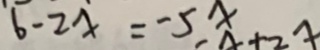
6 - 2 x = - 5 x